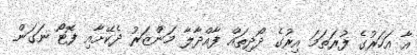
އާ އަހަރުގެ ފުރަތަމަ އިރުގެ ދޯދިތައް ފާއްދާލާ މަންޒަރު ދެކޭށާއި ފޮޓޯ ނަގަން